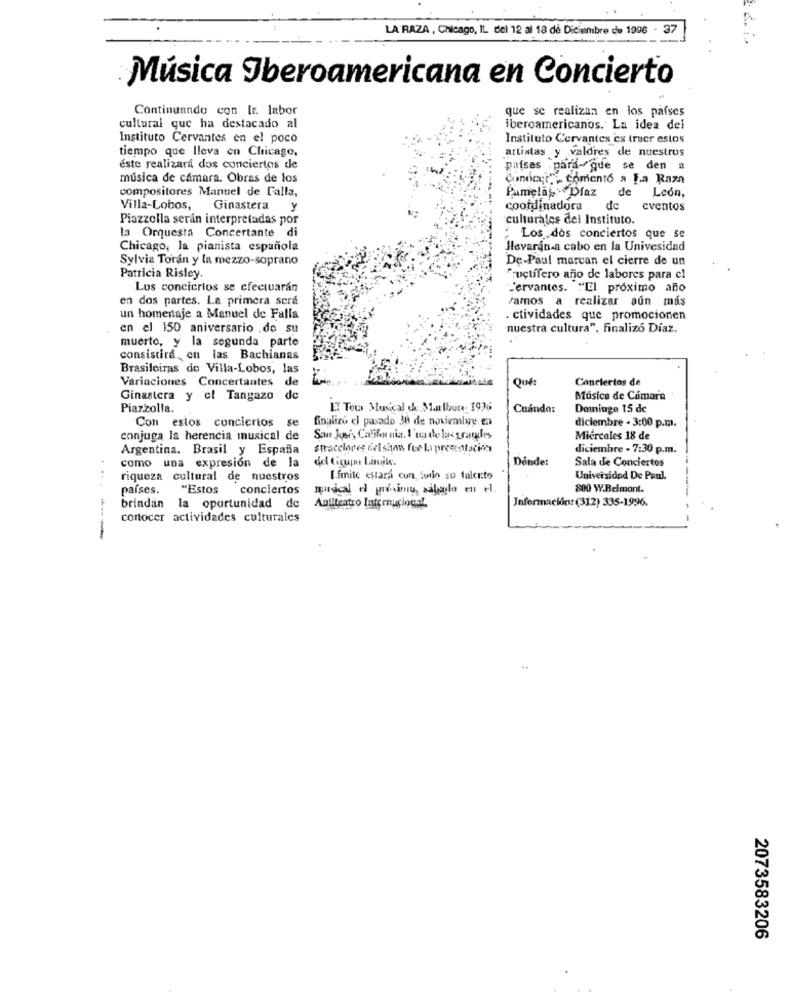
LA RAZA , Chicago, IL del 12 al 18 de Diciembre de 1996 - 3
Música Iberoamericana en Concierto
Continuando con le. labor
que se realizan en los países
cultural que ha destacado al
iberoamericanos. La idea del
Instituto Cervantes en el poco
Instituto Cervantes es truer estos
artistas y valdres de nuestros
tiempo que lleva en Chicago.
éste realizará dos conciertos de
países para-que se den a
música de cámara. Obras de los
Condcer", Comento a La Raza
compositores Manuel de Falla,
Pamela Díaz de
Lcon,
Villa-Lobos, Ginastera y
coordinadora
de
eventos
Piazzolla serán interpretadas por
culturales del Instituto.
la Orquesta Concertante di
Los dos conciertos que se
Chicago, la pianista española
llevarán-a cabo en la Univesidad
Sylvia Torán y la mezzo-soprano
De-Paul marcan el cierre de un
Patricia Risley.
fructífero año de labores para el
Los conciertos se efectuaran
Cervantes. ""El proximo año
en dos partes. La primera sera
vamos a realizar aún más
un homenaje a Manuel de Falla
. ctividades que promocionen
en el 150 aniversario .de su
nuestra cultura", finalizó Díaz.
muerto, y la segunda parte
consistird, en las Bachianas
Brasileiras de Villa-Lobos, las
Variaciones Concertantes de
Qué:
Conciertos de
Ginastera y el Tangazo de
Musica de Camara
Piazzolla.
ET Tous Musical de Marlboro- 1936
Cuando:
Damninge 15 de
Con estos conciertos se
finalize el pasado 30 de noviemlye.
diciembre - 3:00 p.m.
conjuga la herencia musical de
Seue Jusis Califon nia. I'ma de las gramles
Miercoles 18 de
Argentina, Brasil y España
stracciores del siton fue la preentación
diciembre - 7:30 p.m.
como una expresión de la
Dinde:
Sala de Conciertos
riqueza cultural de nuestros
I.fmite estar con foto su talcito
Universidad De Paul.
países.
"Estos
conciertos
musical el prisine, sábado en el.
800 W.Belmont
Información: (312) 335-1996.
brindan la oportunidad de
Anfiteatro Internacional
cortocer actividades culturales
2073583206